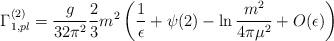
LaTeX: \begin{align*}\Gamma _{1,pl}^{(2)}=\frac{g}{32\pi^2}\frac23m^2\left(\frac{1}{\epsilon}+\psi(2)-\ln\frac{m^2}{4\pi\mu^2}+O(\epsilon)\right)\end{align*}